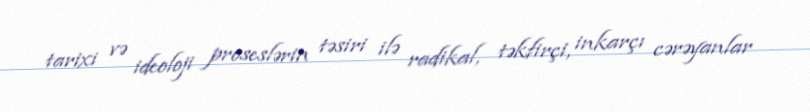
tarixi və ideoloji proseslərin təsiri ilə radikal, təkfirçi, inkarçı cərəyanlar